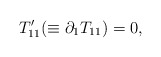
\begin{align*}T_{11}'(\equiv\partial_{1}T_{11})=0,\end{align*}